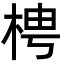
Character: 梬